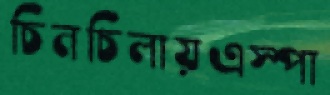
চিনচিলায়এস্পা